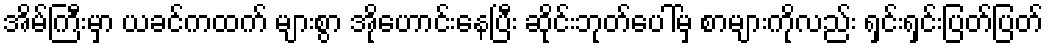
အိမ်ကြီးမှာ ယခင်ကထက် များစွာ အိုဟောင်းနေပြီး ဆိုင်းဘုတ်ပေါ်မှ စာများကိုလည်း ရှင်းရှင်းပြတ်ပြတ်